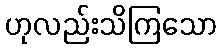
ဟုလည်းသိကြသော